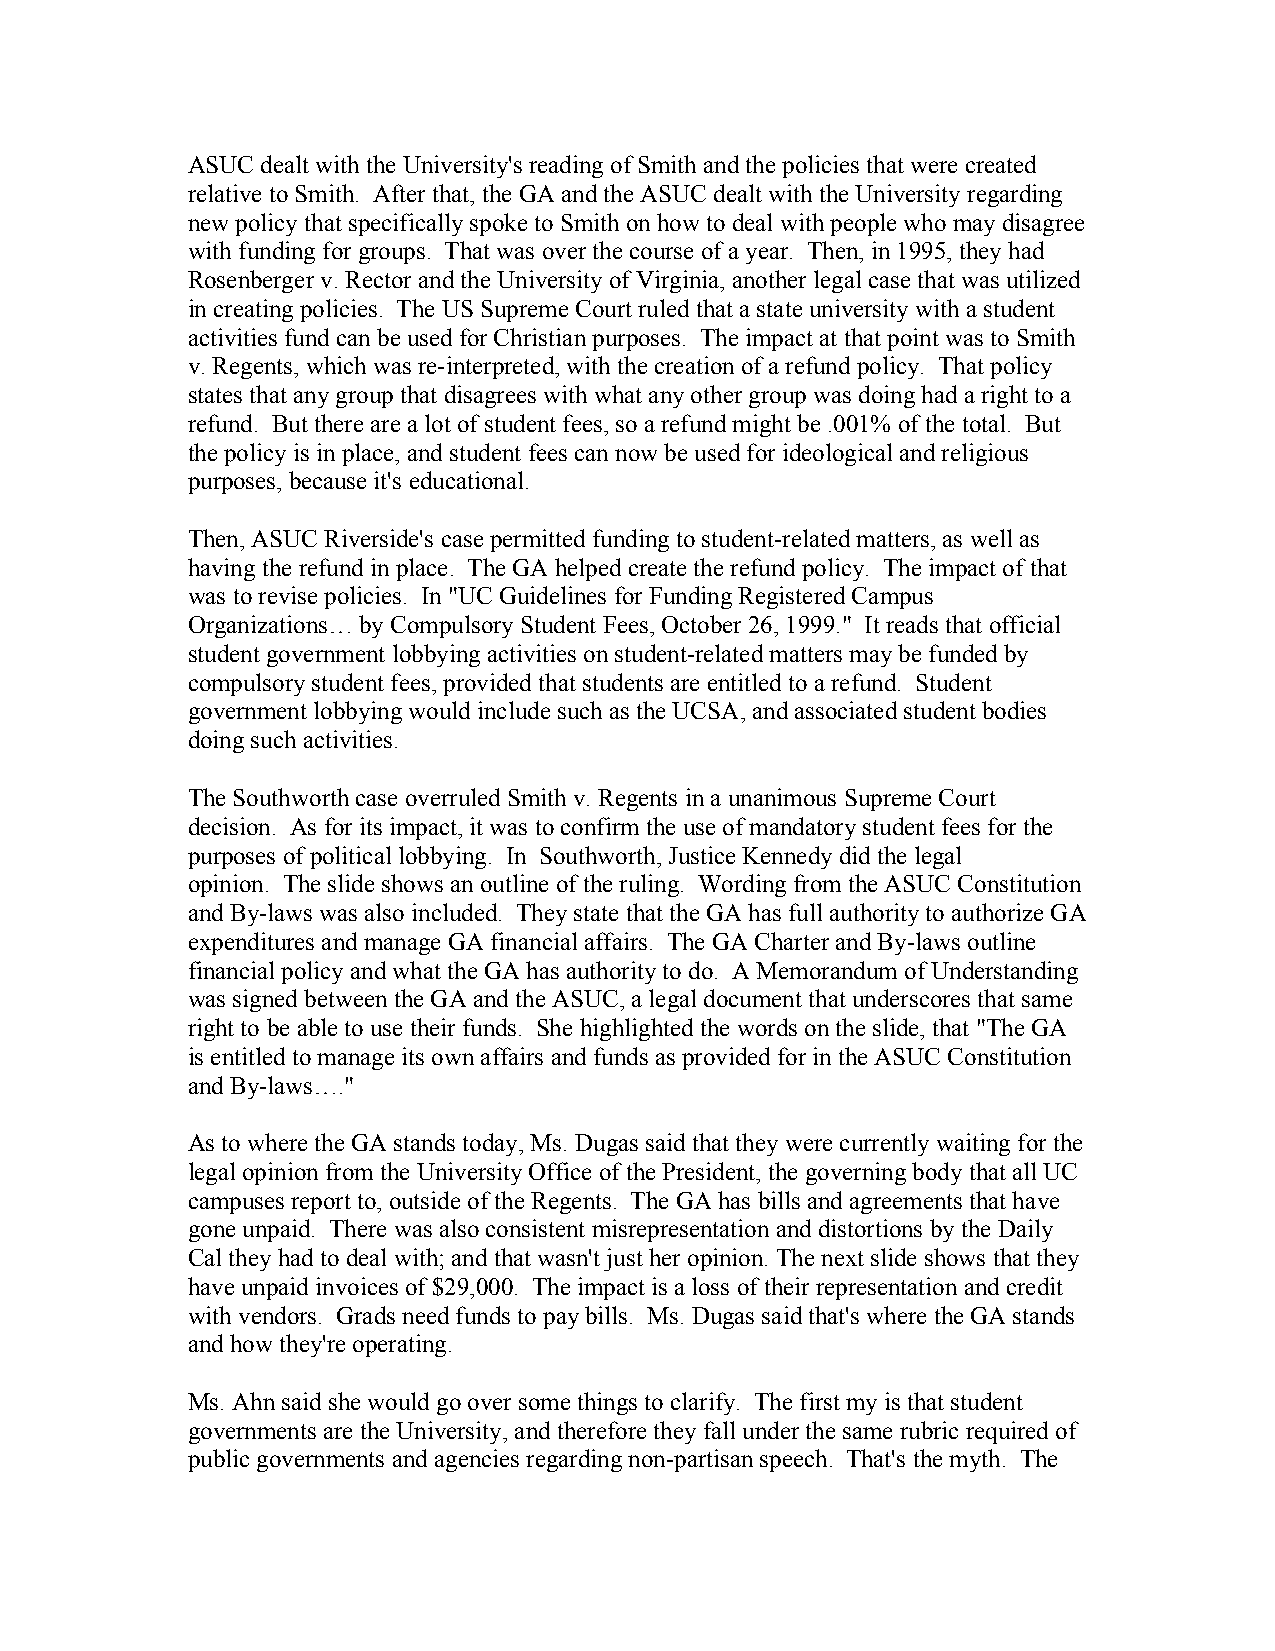
ASUC dealt with the University's reading of Smith and the policies that were created
 relative to Smith. After that, the GA and the ASUC dealt with the University regarding
 new policy that specifically spoke to Smith on how to deal with people who may disagree
 with funding for groups. That was over the course of a year. Then, in 1995, they had
 Rosenberger v. Rector and the University of Virginia, another legal case that was utilized
 in creating policies. The US Supreme Court ruled that a state university with a student
 activities fund can be used for Christian purposes. The impact at that point was to Smith
 v. Regents, which was re-interpreted, with the creation of a refund policy. That policy
 states that any group that disagrees with what any other group was doing had a right to a
 refund. But there are a lot of student fees, so a refund might be .001% of the total. But
 the policy is in place, and student fees can now be used for ideological and religious
 purposes, because it's educational.
 Then, ASUC Riverside's case permitted funding to student-related matters, as well as
 having the refund in place. The GA helped create the refund policy. The impact of that
 was to revise policies. In "UC Guidelines for Funding Registered Campus
 Organizations… by Compulsory Student Fees, October 26, 1999." It reads that official
 student government lobbying activities on student-related matters may be funded by
 compulsory student fees, provided that students are entitled to a refund. Student
 government lobbying would include such as the UCSA, and associated student bodies
 doing such activities.
 The Southworth case overruled Smith v. Regents in a unanimous Supreme Court
 decision. As for its impact, it was to confirm the use of mandatory student fees for the
 purposes of political lobbying. In Southworth, Justice Kennedy did the legal
 opinion. The slide shows an outline of the ruling. Wording from the ASUC Constitution
 and By-laws was also included. They state that the GA has full authority to authorize GA
 expenditures and manage GA financial affairs. The GA Charter and By-laws outline
 financial policy and what the GA has authority to do. A Memorandum of Understanding
 was signed between the GA and the ASUC, a legal document that underscores that same
 right to be able to use their funds. She highlighted the words on the slide, that "The GA
 is entitled to manage its own affairs and funds as provided for in the ASUC Constitution
 and By-laws…."
 As to where the GA stands today, Ms. Dugas said that they were currently waiting for the
 legal opinion from the University Office of the President, the governing body that all UC
 campuses report to, outside of the Regents. The GA has bills and agreements that have
 gone unpaid. There was also consistent misrepresentation and distortions by the Daily
 Cal they had to deal with; and that wasn't just her opinion. The next slide shows that they
 have unpaid invoices of $29,000. The impact is a loss of their representation and credit
 with vendors. Grads need funds to pay bills. Ms. Dugas said that's where the GA stands
 and how they're operating.
 Ms. Ahn said she would go over some things to clarify. The first my is that student
 governments are the University, and therefore they fall under the same rubric required of
 public governments and agencies regarding non-partisan speech. That's the myth. The